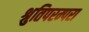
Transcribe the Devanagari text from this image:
श्रुतिपरम्परा